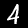
Label: 4